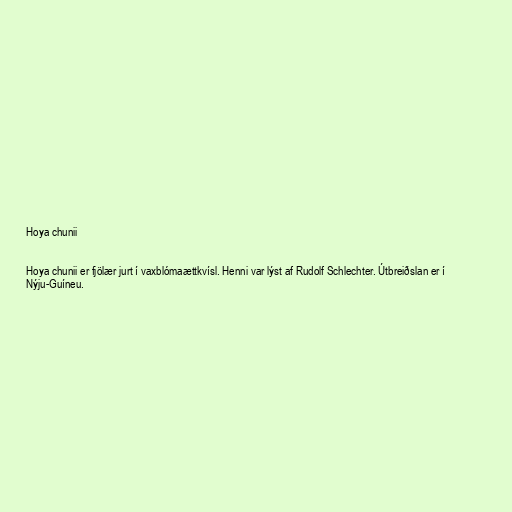
Hoya chunii

Hoya chunii er fjölær jurt í vaxblómaættkvísl. Henni var lýst af Rudolf Schlechter. Útbreiðslan er í
Nýju-Guíneu.